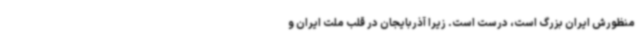
منظورش ایران بزرگ است، درست است. زیرا آذربایجان در قلب ملت ایران و